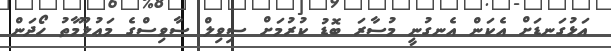
އަޅުގަނޑަށް އެކަން އެނގުނީ މުސާރަ ބޮޑު ކުރުމަށް ސިވިލް ސާވިސްގެ މަޢުލޫމާތު ހޯދަން